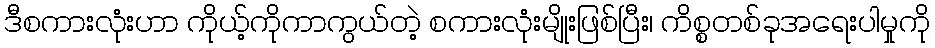
ဒီစကားလုံးဟာ ကိုယ့်ကိုကာကွယ်တဲ့ စကားလုံးမျိုးဖြစ်ပြီး၊ ကိစ္စတစ်ခုအရေးပါမှုကို